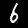
Digit: 6